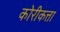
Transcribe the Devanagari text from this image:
कोरीकत्ता